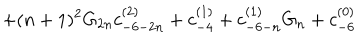
+ ( n + 1 ) ^ { 2 } G _ { 2 n } c _ { - 6 - 2 n } ^ { ( 2 ) } + c _ { - 4 } ^ { ( 1 ) } + c _ { - 6 - n } ^ { ( 1 ) } G _ { n } + c _ { - 6 } ^ { ( 0 ) }